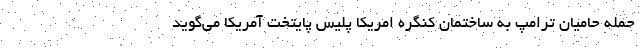
حمله حامیان ترامپ به ساختمان کنگره امریکا پلیس پایتخت آمریکا می‌گوید